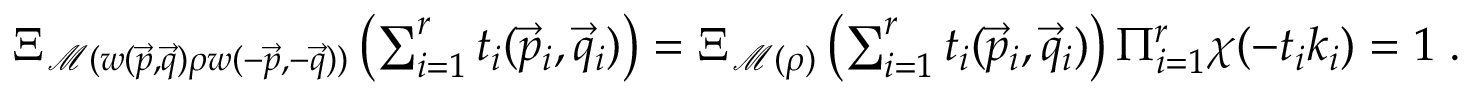
\begin{array} { r } { \Xi _ { \mathcal { M } ( w ( \vec { p } , \vec { q } ) \rho w ( - \vec { p } , - \vec { q } ) ) } \left( \sum _ { i = 1 } ^ { r } t _ { i } ( \vec { p } _ { i } , \vec { q } _ { i } ) \right) = \Xi _ { \mathcal { M } ( \rho ) } \left( \sum _ { i = 1 } ^ { r } t _ { i } ( \vec { p } _ { i } , \vec { q } _ { i } ) \right) \Pi _ { i = 1 } ^ { r } \chi ( - t _ { i } k _ { i } ) = 1 \; . } \end{array}